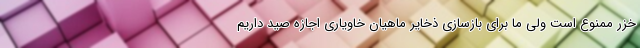
خزر ممنوع است ولی ما برای بازسازی ذخایر ماهیان خاویاری اجازه صید داریم